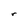
Character: r